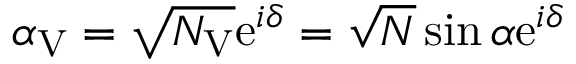
\alpha _ { \mathrm { V } } = \sqrt { N _ { \mathrm { V } } } \mathrm { e } ^ { i \delta } = \sqrt { N } \sin \alpha \mathrm { e } ^ { i \delta }